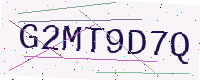
Text: G2MT9D7Q